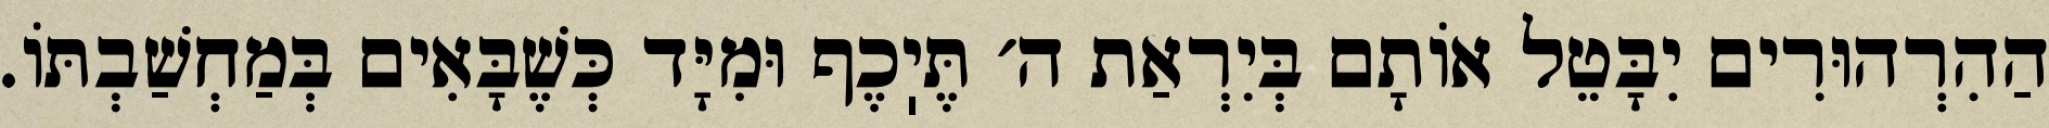
הַהִרְהוּרִים יִבָּטֵל אוֹתָם בְּיִרְאַת ה׳ תֶּיֽכֶף וּמִיָּד כְּשֶׁבָּאִים בְּמַחְשַׁבְתּוֹ.